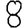
Digit: 8